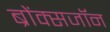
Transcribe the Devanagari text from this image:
ब्रोंक्सजॉन